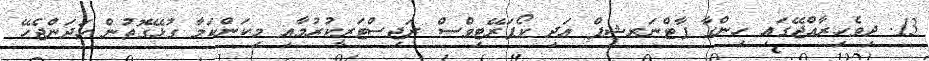
13. ދިވެހިރާއްޖޭގައި ހިންގާ ޕާޓްނަރޝިޕް އަދި ކޯޕަރޭޓިވްސް ރަޖިސްޓަރީކުރުމާއި މިކަންކަމާ ގުޅޭގޮތުން ހަދަންޖެހޭ